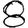
Digit: 8